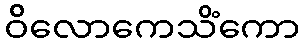
ဝိလောကေသိံကော